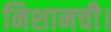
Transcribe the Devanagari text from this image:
निशानची।